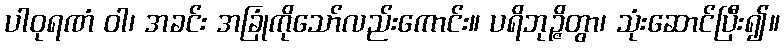
ပါဝုရဏံ ဝါ၊ အခင်း အခြုံကိုသော်လည်းကောင်း။ ပရိဘုဉ္ဇိတွာ၊ သုံးဆောင်ပြီး၍။